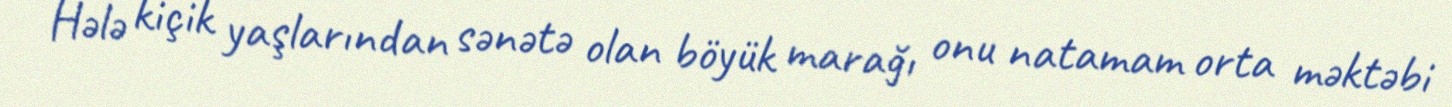
Hələ kiçik yaşlarından sənətə olan böyük marağı onu natamam orta məktəbi